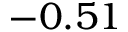
- 0 . 5 1